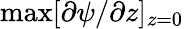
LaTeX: \operatorname*{max}[{\partial\psi}/{\partial z}]_{z=0}